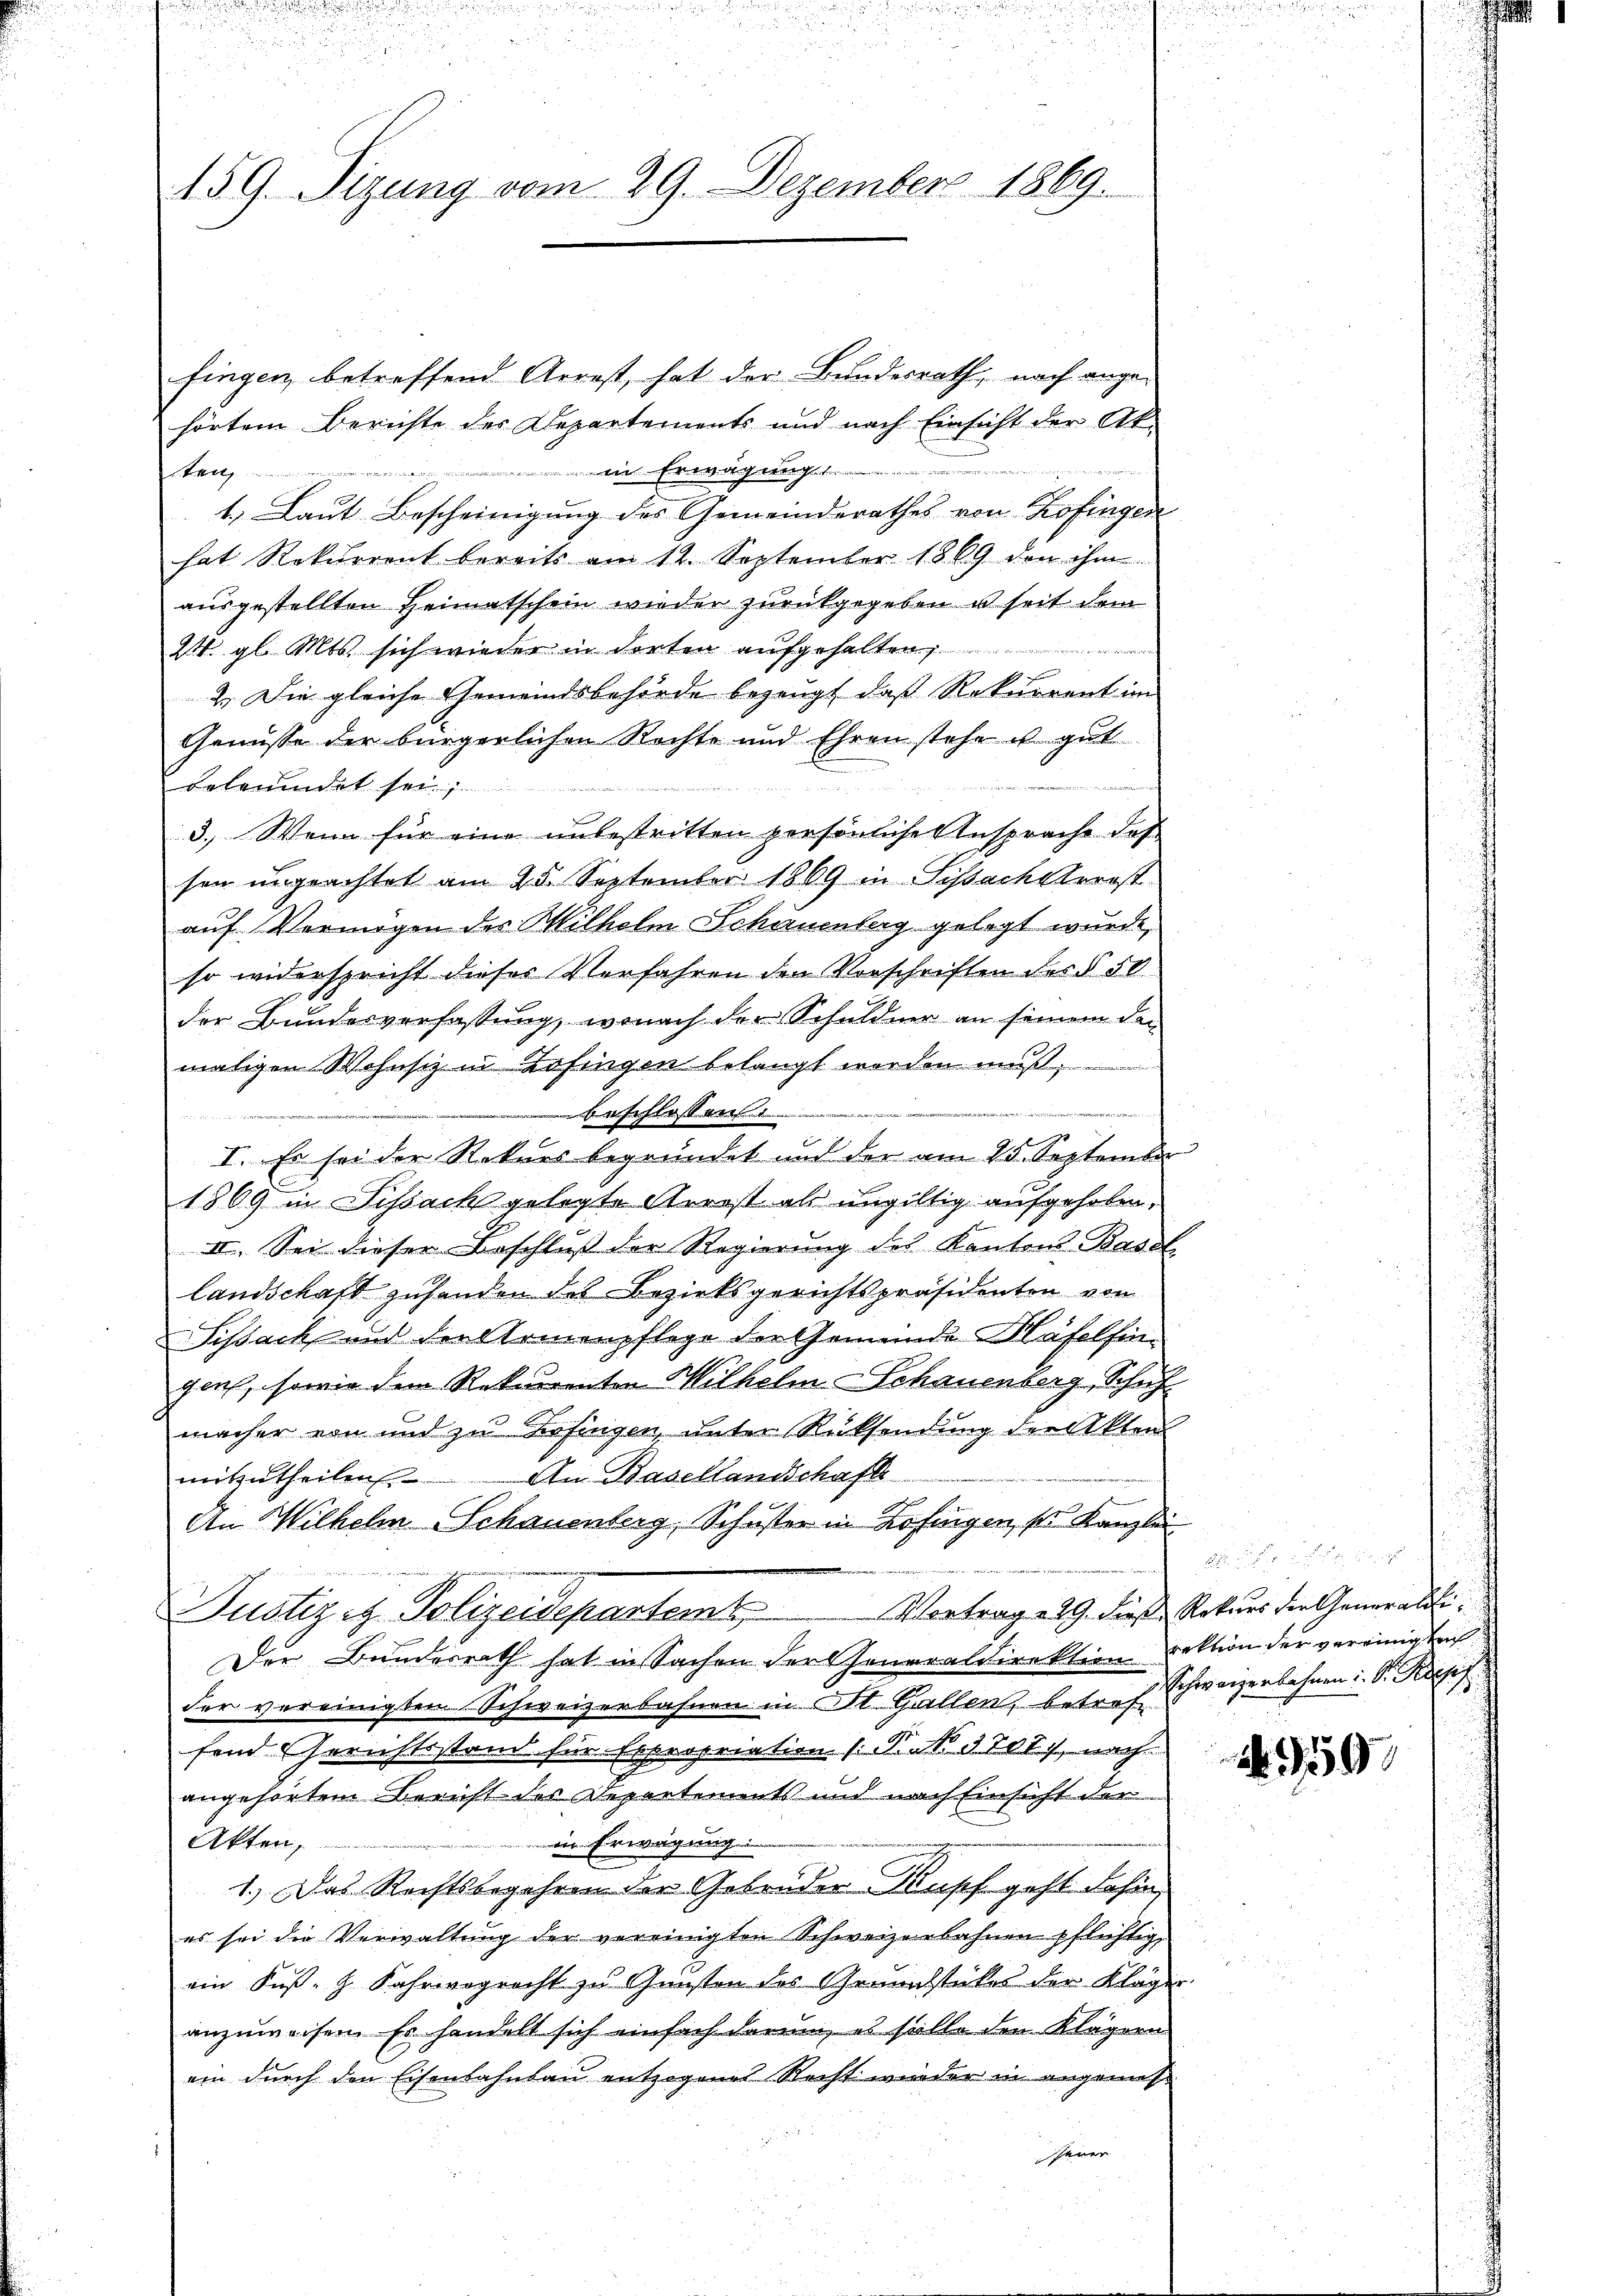
159. Sizung vom 29. Dezember 1869.

fingen betreffend Arrest, hat der Bundesrath, nach angehörtem Berichte des Departements und nach Einsicht der Ak-
ŭnŭn in
i
ten
t. Laut Bescheinigung des Gemeinderathes von Zofingen
hat Rekurrent bereits am 12. September 1869 den ihm
ausgestellten Heimatschein wieder zurückgegeben u seit dem
2. gl. Mts. sich wieder in dorten aufge
2.) Die gleiche Gemeindsbehörde bezeugt, daß Rekurrent im
Genüsse der bürgerlichen Rechte und Ehren stehe u. gut
beleumdet sei;
niciren ungen, wenn er
3.) Wenn für eine unbestritten persönliche Ansprache das
sen ungeachtet am 25. September 1869 in Sissachsterst
auf Vermögen der Wilhelm Schauenberg gelegt wurde,
so widerspricht dieser Vorfahren den Vorschriften des § 50
der Bundesverfassung, wonach der Schuldner an seinem den
maligen Wohnsiz in Zofingen belangt worden muß,
s
fressen

I. Es sei der Rekurs begründet und der am 25. September
1869 in Dissach gelegte Arrest als ungültig aufgehoben,
II. Sei dieser Beschluß der Regierung des Kantons Basel
landschaft zusenden des Bezirksgerichtspräsidenten von
Sissach und der Armenpflege der Gemeinde Mäfelsingen, sowie dem Rekurrenten Wilhelm Schauenberg, Schuh
macher von und zu Befingen, unter Rücksendung der Akten
mitzŭtheilen. An Basellandschaft
An Wilhelm Schauenberg, Schuster in Zofingen, so Kanzlei
Vortrag 229. diese Rekurs der Generali¬
Justiz et Polizeidepartent,
Der Bundesrath hat in Sachen der Cheneraldirektion rektion der vereinigten
der vereinigten Schweizerbahnen in St. Gallen, betrafe schweizerbahnen. Dr. Rosef
fend Gerichtsstand für Expropriation (N.S. 3701), nach
angehörtem Bericht der Departements und nach Einsicht der
in Erwägung
Akten,
1.) Das Rechtsbegehren der Gebrüder Kopf geht dahin
es sei die Verwaltung der vereinigten Schweizerbahnen pflichtig,
ein Kuß-G. Fahrwegrecht zu Gunsten des Grundstückes der Kläger
anzuweisen. Es handelt sich einfach darum, es solle den Klägern
ein durch den Eisenbahnbau entzogenes Recht wieder in angemesserer

A 959